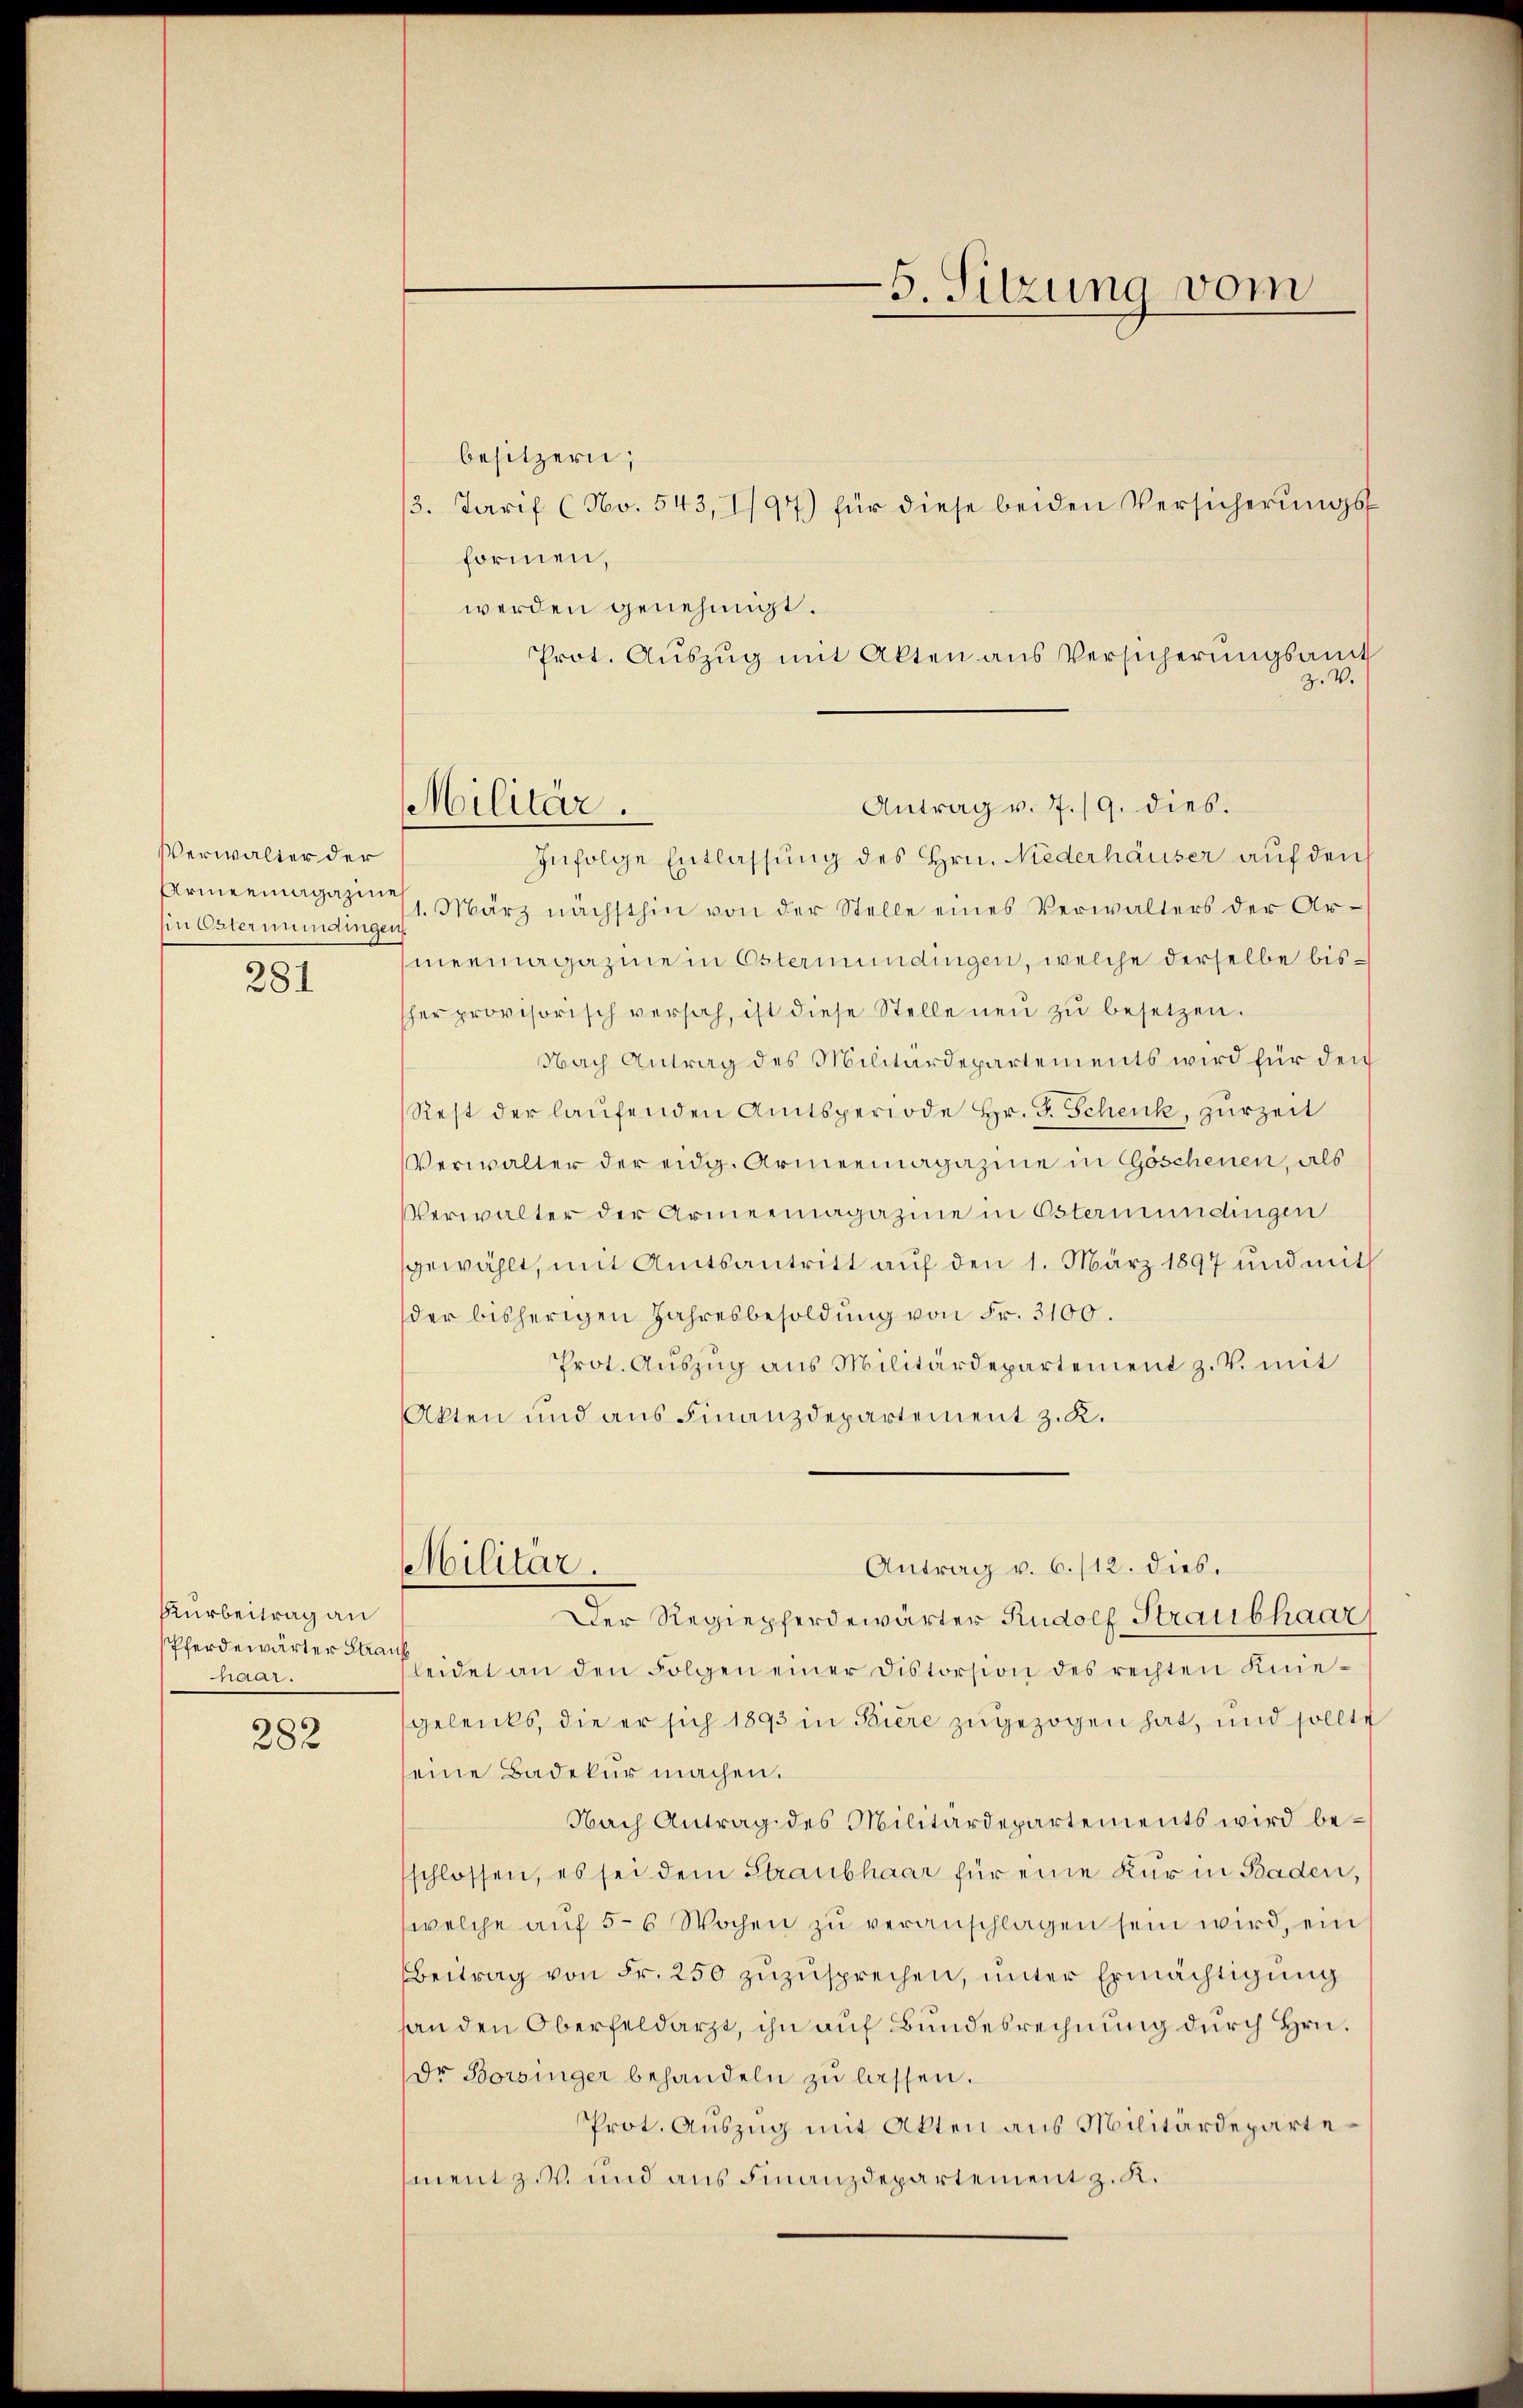
Verwalter der
Ein Estermundingen

281

Kurbeitrag an
Pferdewärter Strank
ar.

282

besitzern;
/3. Tarif (No. 543, 197) für diese beiden Versicherungsformen,
werden genehmigt.
Prot. Auszug mit Akten aus Versicherungsamt
Infolge Entlassung des Hrn. Niederhäuser auf den
Armenmagazin 1 März nächsthin von der Stelle eines Verwalters der Armermagazine in Estermündingen, welche derselbe bissher provisorisch versah, ist diese Stelle neŭ zŭ besetzen.
Nach Antrag des Militärdepartements wird für den
Rest der laŭfenden Amtsperiode hr. F. Schenk, zurzeit
Verwalter der eidg. Armeemagazine in Göschenen, als
Verwalter der Armeemagazine in Östermündingen
gewählt, mit Amtsantritt auf den 1. März 1897 und mit
der bisherigen Jahresbesoldung von Fr. 3100.
Prot. Aŭszŭg ans Militärdepartement z. V. mit
Akten und aus Finanzdepartement z. K.
Militar.
Antrag v. 6./12. dies.
Der Regiepferdewärter Rudolf Straubhaar
leidet an den Folgen einer Distorsion des rechten Knie-
gelenks, die er sich 1893 in Biere zugezogen hat, und sollte
seine Badekur machen.
Nach Antrag des Militärdepartements wird beschlossen, es sei dem Straubhaar für eine Kur in Baden,
welche aŭf 5-6 Wochen zŭ veranschlagen sein wird, ein
Beitrag von Fr. 250 zuzusprechen, unter Ermächtigung
handen Oberfeldarzt, ihn auf Bundesrechnung durch Hrn.
Dr Borsinger behandeln zu lassen.
Prot. Auszug mit Akten aus Militärdepartement zu und aus Finanzdepartement z. K.

Militär.

5. Sitzung vom

z. V.

Antrag v. 7./9. dies.